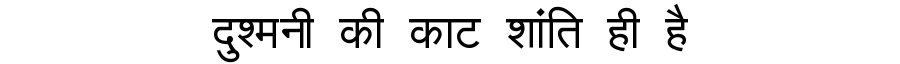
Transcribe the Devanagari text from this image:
दुश्मनी की काट शांति ही है